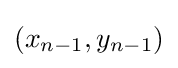
(x_{n-1},y_{n-1})